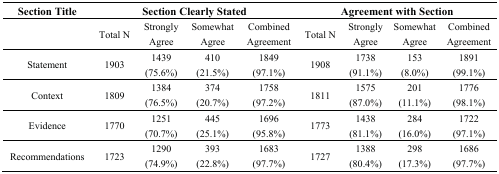
<table><thead><tr><td><b>Section Title</b></td><td colspan="4"><b>Section Clearly Stated</b></td><td colspan="4"><b>Agreement with Section</b></td></tr></thead><tbody><tr><td></td><td>Total N</td><td>Strongly Agree</td><td>Somewhat Agree</td><td>Combined Agreement</td><td>Total N</td><td>Strongly Agree</td><td>Somewhat Agree</td><td>Combined Agreement</td></tr><tr><td>Statement</td><td>1903</td><td>1439(75.6%)</td><td>410(21.5%)</td><td>1849 (97.1%)</td><td>1908</td><td>1738(91.1%)</td><td>153(8.0%)</td><td>1891 (99.1%)</td></tr><tr><td>Context</td><td>1809</td><td>1384(76.5%)</td><td>374(20.7%)</td><td>1758 (97.2%)</td><td>1811</td><td>1575(87.0%)</td><td>201(11.1%)</td><td>1776 (98.1%)</td></tr><tr><td>Evidence</td><td>1770</td><td>1251(70.7%)</td><td>445(25.1%)</td><td>1696 (95.8%)</td><td>1773</td><td>1438(81.1%)</td><td>284(16.0%)</td><td>1722 (97.1%)</td></tr><tr><td>Recommendations</td><td>1723</td><td>1290(74.9%)</td><td>393 (22.8%)</td><td>1683 (97.7%)</td><td>1727</td><td>1388(80.4%)</td><td>298 (17.3%)</td><td>1686 (97.7%)</td></tr></tbody></table>